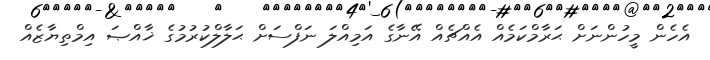
އެހެން މީހުންނަށް ޙަރާމްކަމެއް އެއްޗެއް އޭނާގެ އަމިއްލަ ނަފްސަށް ޙަލާލްކުރުމުގެ ޚާއްޞަ އިމްތިޔާޒެއް